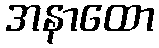
အနာထော